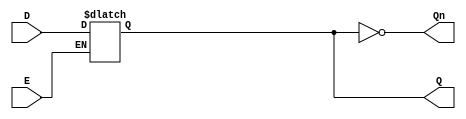
module LatchRegister (
    input wire D,      // Data Input
    input wire E,      // Enable Signal
    output reg Q,      // Output Q
    output wire Qn     // Complementary Output (not Q)
);

// Complementary output
assign Qn = ~Q;

// Latch behavior
always @(*) begin
    if (E) begin
        Q = D; // Capture the input data when Enable is high
    end
    // If E is low, Q retains its previous value (no assignment needed)
end

endmodule